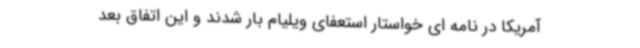
آمریکا در نامه ای خواستار استعفای ویلیام بار شدند و این اتفاق بعد